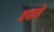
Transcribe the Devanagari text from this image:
तपाये